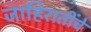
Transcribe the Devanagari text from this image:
जाहिरातींचे